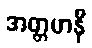
အတ္တမာနီ